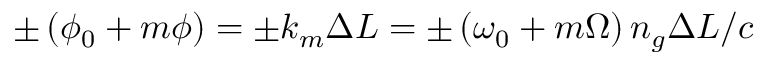
\pm \left( \phi _ { 0 } + m \phi \right) = \pm k _ { m } \Delta L = \pm \left( \omega _ { 0 } + m \Omega \right) n _ { g } \Delta L / c